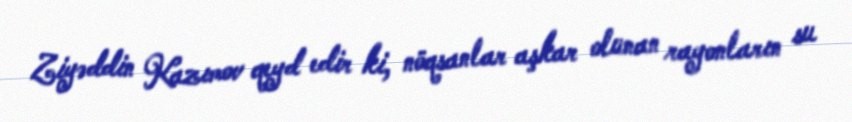
Ziyəddin Kazımov qeyd edir ki, nöqsanlar aşkar olunan rayonların su